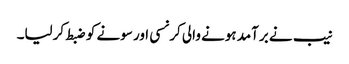
نیب نے برآمد ہونے والی کرنسی اور سونے کو ضبط کرلیا۔